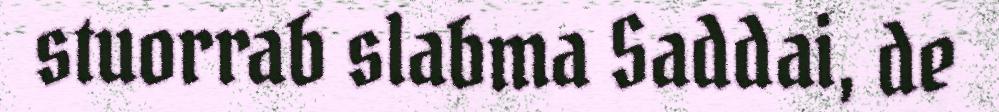
stuorrab slabma Saddai, de